Civil Veterinary Department Bihar reports 1936-40 - 1936-1940
Year: 1936
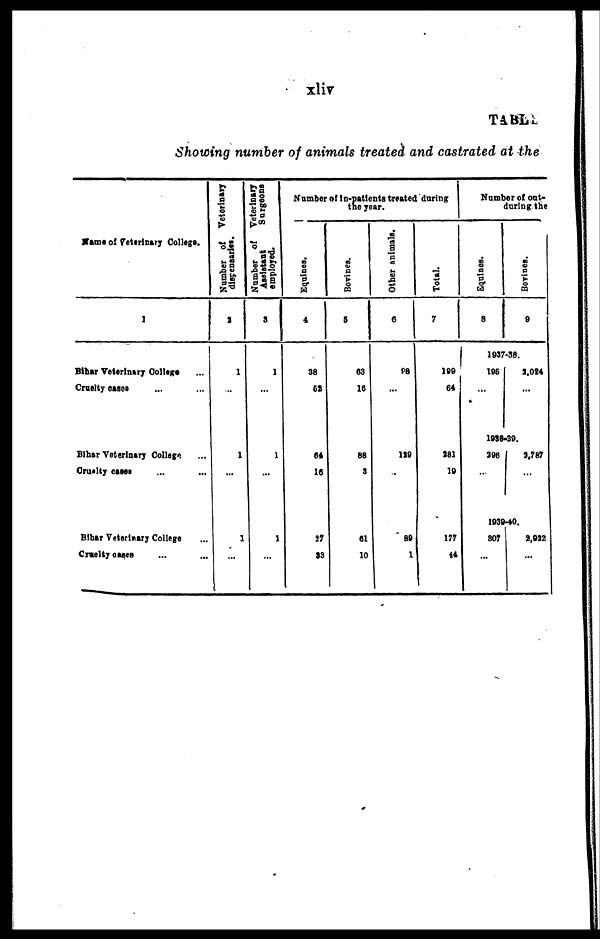
xliv
Showing number of animals treated and castrated at the
Name of Veterinary College.
1
Bihar Veterinary College ...
Cruelty eases ... ...
Bihar Veterinary College ...
Cruelty cases ... ...
Bihar Veterinary College ...
Cruelty cases ... ...
Number of Veterinary
dispensaries.
2
1
...
1
...
1
...
Number of Veterinary
Assistant
Surgeons
employed.
3
1
...
1
...
1
...
Number of In-patients treated during
the year.
Equines.
4
38
52
64
16
27
23
Bovines.
5
63
16
88
3
61
10
Other animals.
6
98
...
129
...
89
1
Total.
7
199
64
281
19
177
44
Number of out-
during the
Equines.
8
Borines.
9
1937-38.
195
...
2,024
...
1938-39.
296
...
2,787
...
1939-40.
307
...
2,922
...